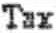
TAX